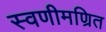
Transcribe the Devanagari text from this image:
स्वणीमण्रित